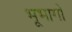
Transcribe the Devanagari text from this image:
भूभागो